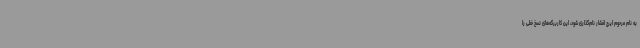
به نام مرحوم ایرج افشار نام‌گذاری شود، این کاربرگه‌های نسخ خطی را